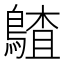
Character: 𪃵